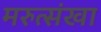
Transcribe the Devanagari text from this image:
मरुत्संखा